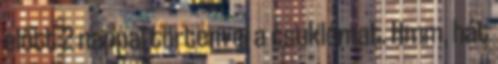
előtt 2 nappal törtem el a csuklómat. Hmm, hát